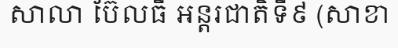
សាលា ប៊ែលធី អន្តរជាតិទី៩ (សាខា